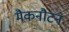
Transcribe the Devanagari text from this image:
मैकनौटन